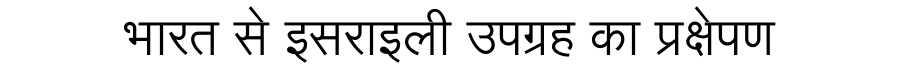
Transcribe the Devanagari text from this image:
भारत से इसराइली उपग्रह का प्रक्षेपण